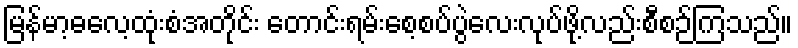
မြန်မာ့ဓလေ့ထုံးစံအတိုင်း တောင်းရမ်းစေ့စပ်ပွဲလေးလုပ်ဖို့လည်းစီစဉ်ကြသည်။